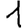
Digit: 1